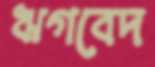
ঋগবেদ